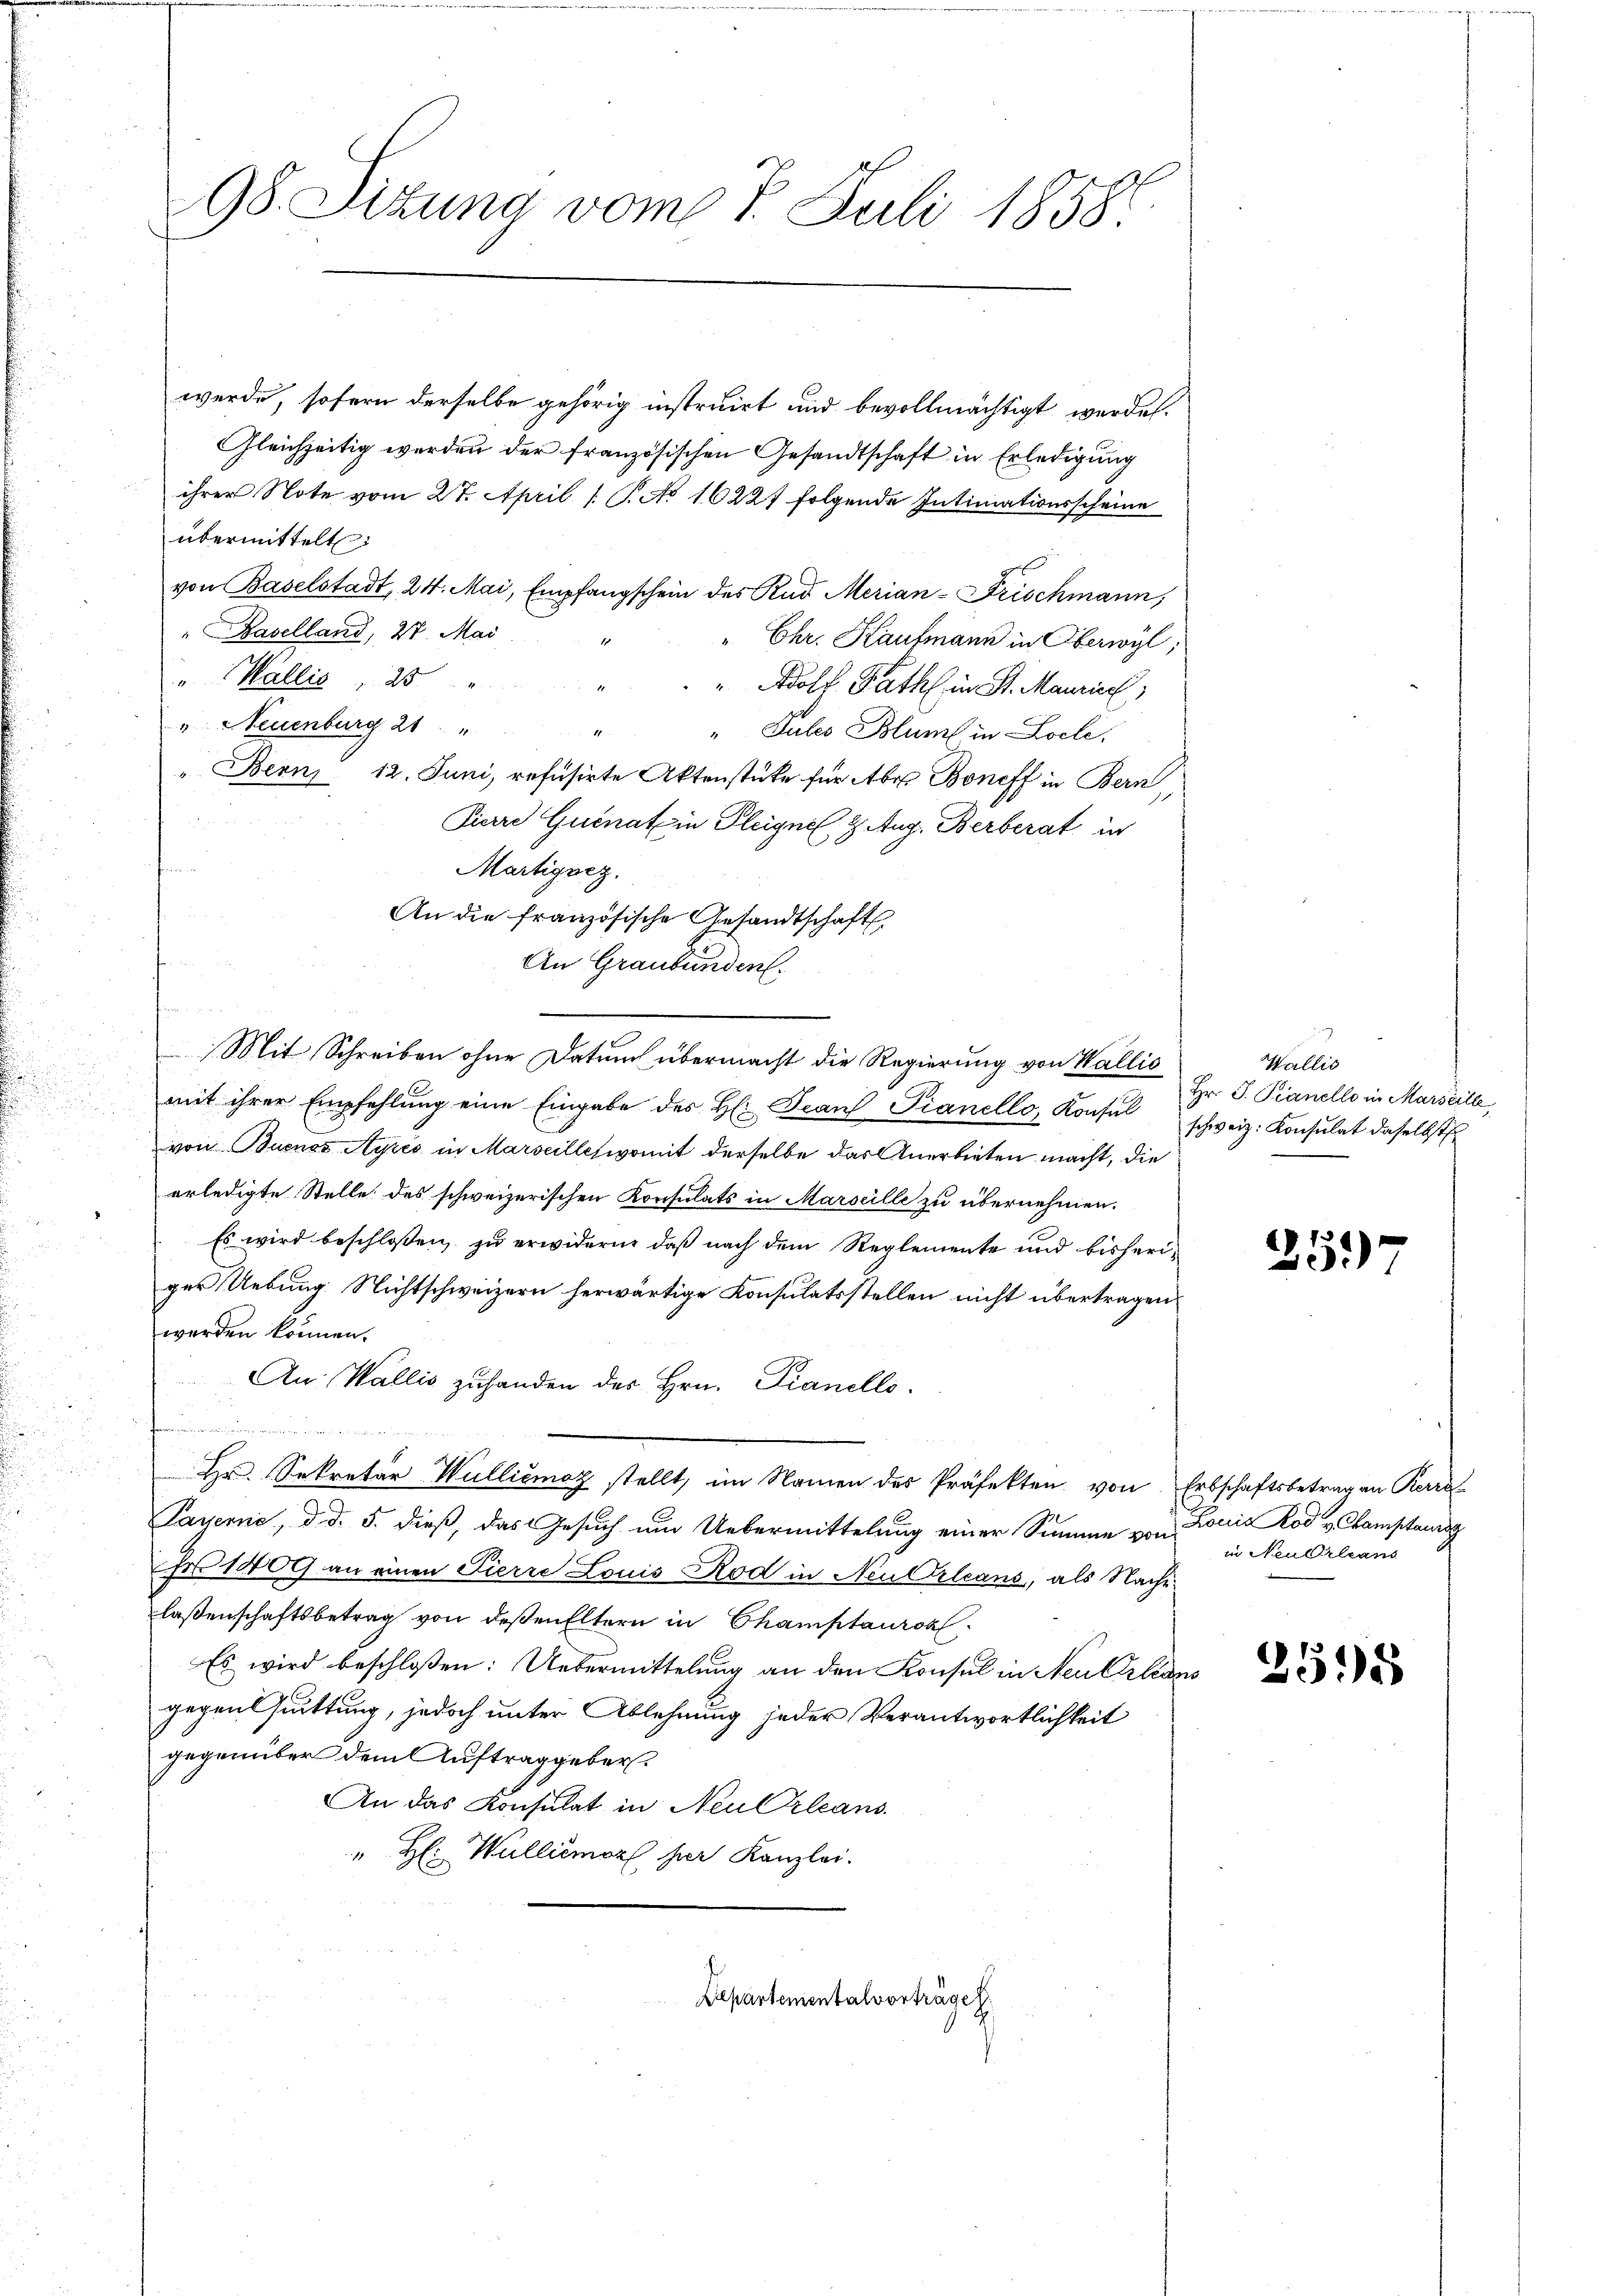
werde, sofern derselbe gehörig instruirt und bevollmächtigt werden.
Gleichzeitig werden der französischen Gesandtschaft in Erledigung
ihrer Note vom 27. April (T. Ao 16221 folgende Intimationsscheine
übermittelt:
von Baselstadt, 24. Mai, Empfangschein des Rad Merian-Frischmann,
" Haselland, 27. Mai
" Chr. Kaufmann in Oberwyl,
" Wallis, 25 "
1
" Adolf Rath in St. Maurice
" Neuenburg 21 "

"Tuleo Blum in Loche.
" Bern, 12. Juni, refusirte Aktenstüke für Aber Boneff in Bern,
Pierre Quenat in Gleigne, 2. Aug. Berberat in
Martignez.
An die französische Gesandtschaft
An Graubünden.
Mit Schreiben ohne Datum übermacht die Regierung von Wallis
mit ihrer Empfehlung eine Eingabe des H: Frau Pianello, Konsul
von Buenos Ayres in Marseilleswomit derselbe das Anerbieten macht, die
erledigte Stelle des schweizerischen Konsulats in Marseille zu übernehmen.
Es wird beschloßen, zu erwidern, daß nach dem Reglemente und bisheriger Uebung Nichtschweizern herwärtige Konsulatsstellen nicht übertragen
werden können.
An Wallis zuhanden des Hrn. Fianello.
dn auch dem ich heute der ein
 Hr. Sekretär Wulliomoz stellt, im Namen des Präfekten von Erbschaftsbetrag an Kerra
Payerne, d. d. 5. dieß, das Gesuch um Uebermittelung einer Summe von Louis Rod v. Champtausg
Er 1409 an einen Pierre Louis Rod in Neu Orleans, als Nache
laßenschaftsbetrag von deßen Eltern in Champtauron
Es wird beschloßen: Uebermittelung an den Konsul in Neuktions
gegensuittung, jedoch unter Ablehnung jeder Verantwortlichkeit
gegenüber dem Auftraggeber.
An das Konsulat in Neu Orleans
" H: Walliémorf, her Kanzlei.

98. Sizung vom 7. Juli 1858.

Departementalvorträget

Wallis
Hr. J. Pianelle in Marseille
schweiz. Konsulat daselbst

25)

in Neubrleans

3598